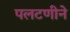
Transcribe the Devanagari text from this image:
पलटणीने